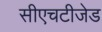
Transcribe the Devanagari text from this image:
सीएचटीजेड